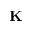
\mathbf K